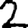
Digit: 2